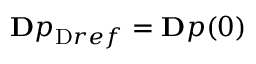
\ensuremath { \mathbf Ḋ p Ḍ } _ { \mathrm { Ḋ } r e f Ḍ } = \ensuremath { \mathbf Ḋ p Ḍ } ( 0 )